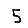
Digit: 5